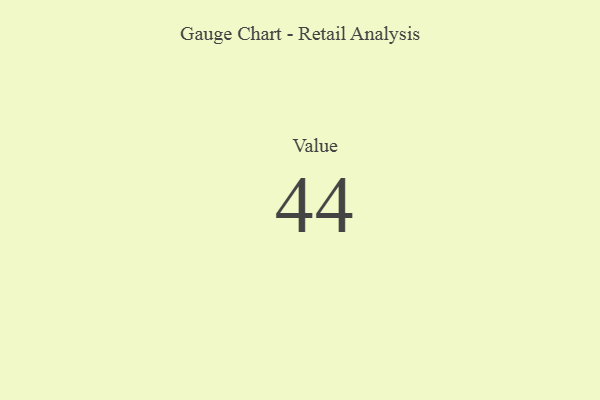
{"axis": {"x": "Metric", "y": "Value"}, "legend": [""], "data": [{"x": "Value", "y": 44, "type": ""}]}